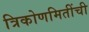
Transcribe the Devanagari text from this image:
त्रिकोणमितींची